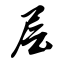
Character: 层